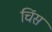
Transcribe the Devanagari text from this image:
चिंस